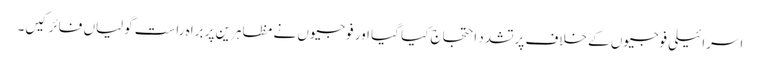
اسرائیلی فوجیوں کے خلاف پرتشدد احتجاج کیا گیا اور فوجیوں نے مظاہرین پر براہ راست گولیاں فائر کیں۔